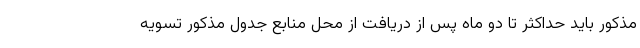
مذکور باید حداکثر تا دو ماه پس از دریافت از محل منابع جدول مذکور تسویه